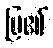
ပြ၏